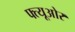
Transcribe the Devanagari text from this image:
फ्त्यूओर